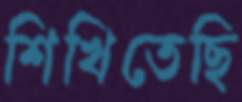
শিখিতেছি